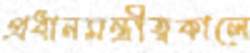
প্রধানমন্ত্রীত্বকালে